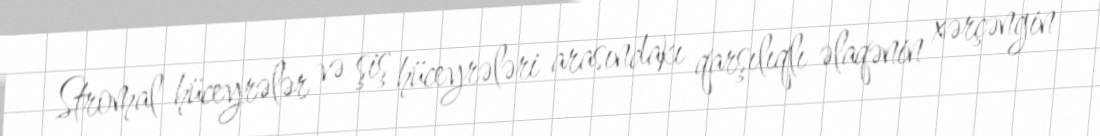
Stromal hüceyrələr və şiş hüceyrələri arasındakı qarşılıqlı əlaqənin xərçəngin